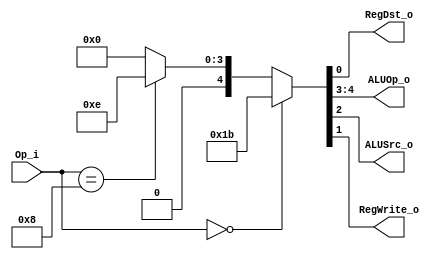
module Control
(
	Op_i,
	RegDst_o,
	ALUOp_o,
	ALUSrc_o,
	RegWrite_o
);

input	[5:0]		Op_i;
output	[1:0]		ALUOp_o;
output				ALUSrc_o;
output				RegWrite_o;
output				RegDst_o;

wire		[4:0]		temp;

assign	ALUOp_o		=	temp[4:3];
assign	ALUSrc_o	=	temp[2];
assign	RegWrite_o	=	temp[1];
assign	RegDst_o	=	temp[0];

assign temp			=	(Op_i == 6'b000000) ? 5'b11011 :
						(Op_i == 6'b001000) ? 5'b01110 :
						5'b00000;

endmodule